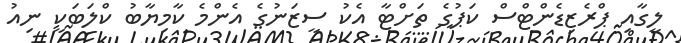
ލީގާއި ޕްރެޒިޑެންޓްސް ކަޕުގެ ތަށްޓާ އެކު ސީޒަނުގެ އެންމެ ކާމިޔާބު ކްލަބަކީ ނިއު